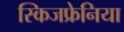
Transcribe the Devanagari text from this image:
स्किजफ्रेनिया